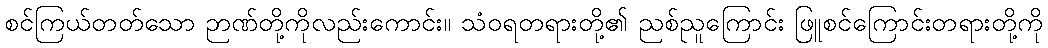
စင်ကြယ်တတ်သော ဉာဏ်တို့ကိုလည်းကောင်း။ သံဝရတရားတို့၏ ညစ်ညူကြောင်း ဖြူစင်ကြောင်းတရားတို့ကို